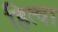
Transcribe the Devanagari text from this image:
हित्वा